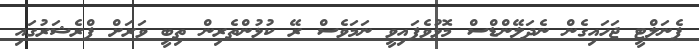
ޕެނަލްޓީ ޖަހައިގެން ނެދަލޭންޑްސް މޮޅުވެފައިވީ ނަމަވެސް ރޭ ކުޅުންތެރިން ތިބީ ވަރަށް ޕްރެޝަރުގައި